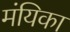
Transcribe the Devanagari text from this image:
मंयिका